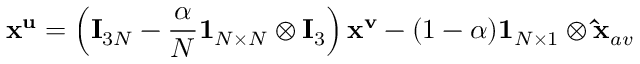
\mathbf { x } ^ { \mathbf { u } } = \left( \mathbf { I } _ { 3 N } - \frac { \alpha } { N } \mathbf { 1 } _ { N \times N } \otimes \mathbf { I } _ { 3 } \right) \mathbf { x } ^ { \mathbf { v } } - ( 1 - \alpha ) \mathbf { 1 } _ { N \times 1 } \otimes \mathbf { \hat { x } } _ { a v }